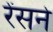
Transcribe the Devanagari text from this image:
रेंसने